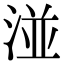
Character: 湴